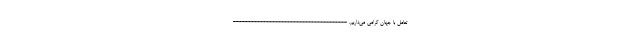
تعامل با جهان گرامی می‌داریم. --------------------------------------